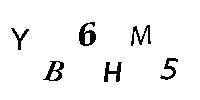
YB6HM5